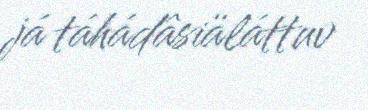
já táhádâsiäláttuv